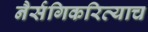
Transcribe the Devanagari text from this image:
नैर्सगिकरित्याच